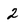
Character: 2